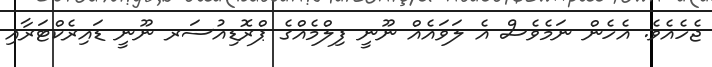
ޖެހެއެވެ. އެހެން ނަމެވެސް އެ ލަވައެއް ނޫނީ ފިލްމެއްގެ ޕްރޮޑިއުސަރ ނޫނީ ޑައިރެކްޓަރާއި